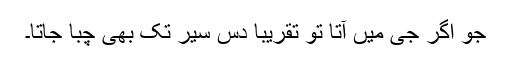
جو اگر جی میں آتا تو تقریباً دس سیر تک بھی چبا جاتا۔